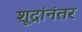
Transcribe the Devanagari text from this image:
शूद्रांनंतर